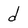
Character: d